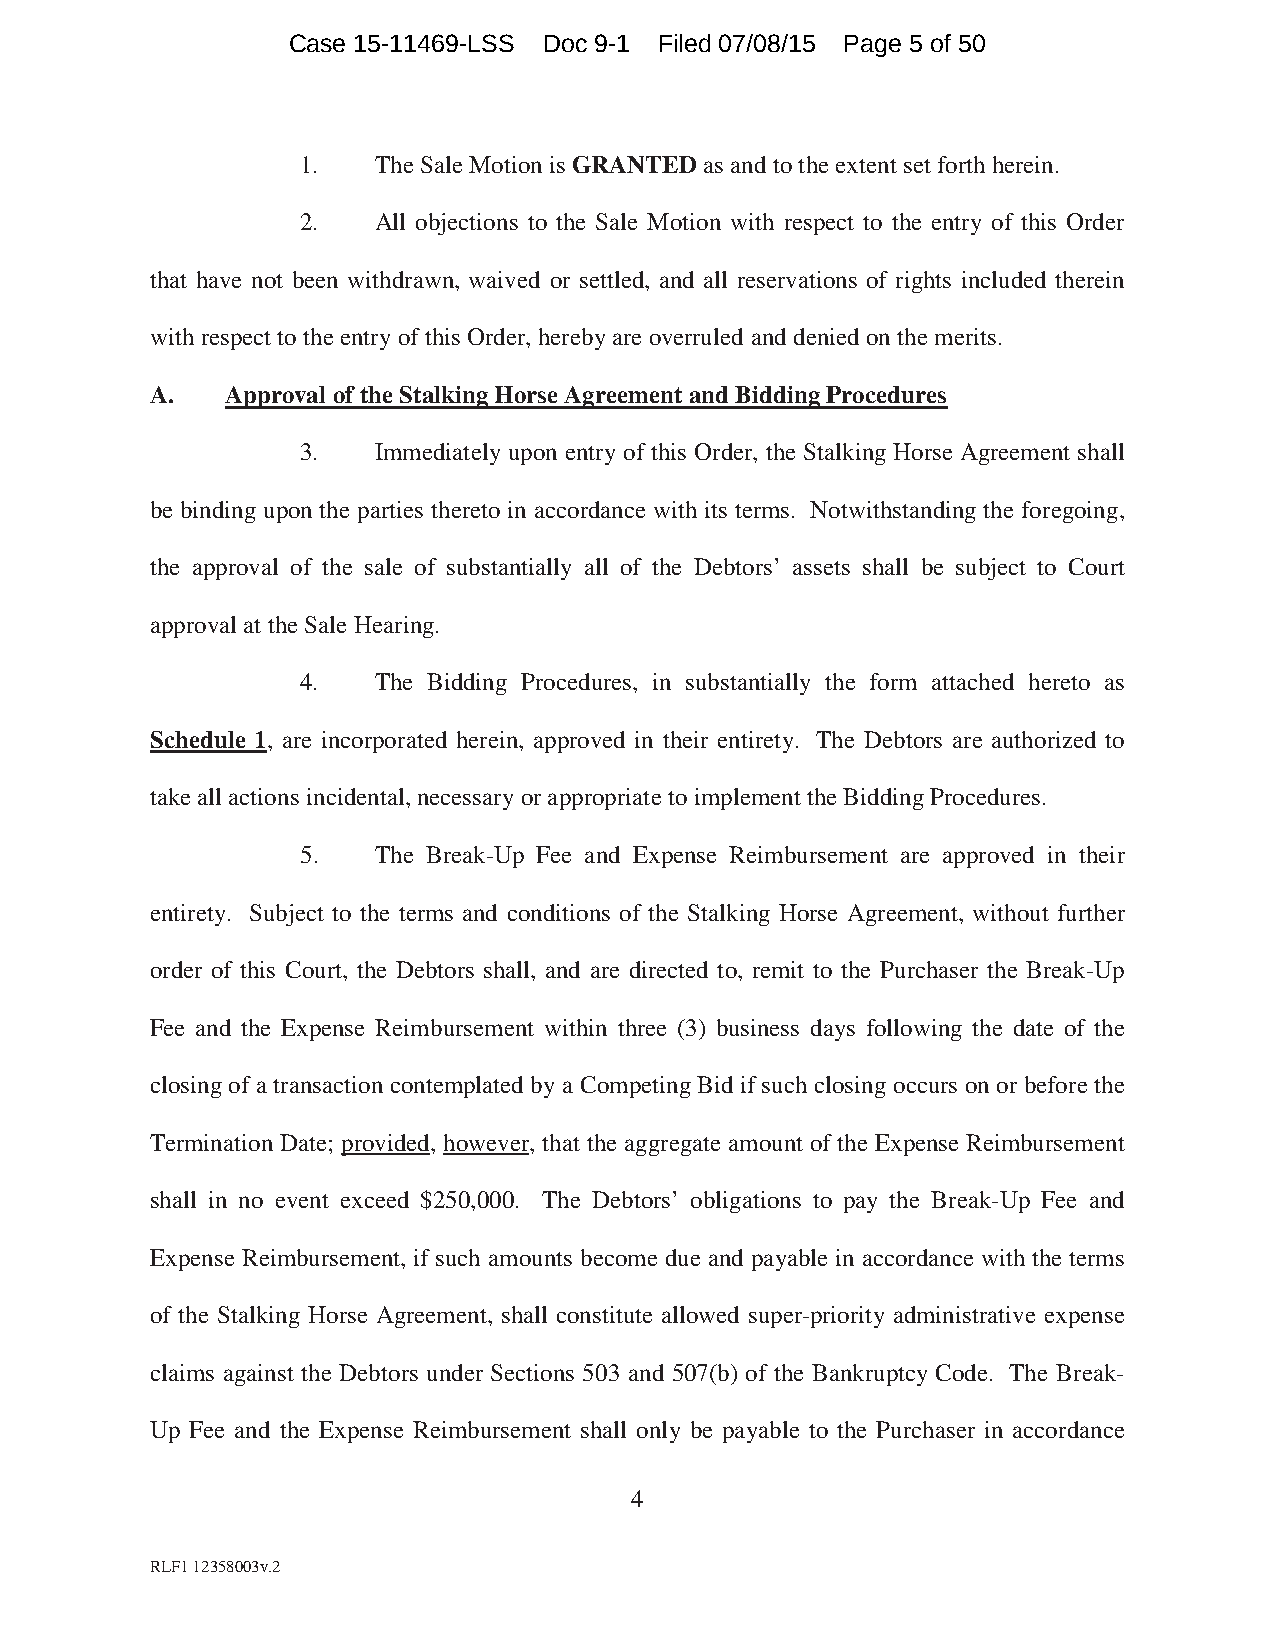
Case 15-11469-LSS Doc 9-1 Filed 07/08/15 Page 5 of 50
 1.   The Sale Motion is GRANTED as and to the extent set forth herein.
 2.   All objections to the Sale Motion with respect to the entry of this Order
 that have not been withdrawn, waived or settled, and all reservations of rights included therein
 with respect to the entry of this Order, hereby are overruled and denied on the merits.
 A.   Approval of the Stalking Horse Agreement and Bidding Procedures
 3.   Immediately upon entry of this Order, the Stalking Horse Agreement shall
 be binding upon the parties thereto in accordance with its terms. Notwithstanding the foregoing,
 the approval of the sale of substantially all of the Debtors’ assets shall be subject to Court
 approval at the Sale Hearing.
 4.   The Bidding Procedures, in substantially the form attached hereto as
 Schedule 1, are incorporated herein, approved in their entirety. The Debtors are authorized to
 take all actions incidental, necessary or appropriate to implement the Bidding Procedures.
 5.   The Break-Up Fee and Expense Reimbursement are approved in their
 entirety. Subject to the terms and conditions of the Stalking Horse Agreement, without further
 order of this Court, the Debtors shall, and are directed to, remit to the Purchaser the Break-Up
 Fee and the Expense Reimbursement within three (3) business days following the date of the
 closing of a transaction contemplated by a Competing Bid if such closing occurs on or before the
 Termination Date; provided, however, that the aggregate amount of the Expense Reimbursement
 shall in no event exceed $250,000. The Debtors’ obligations to pay the Break-Up Fee and
 Expense Reimbursement, if such amounts become due and payable in accordance with the terms
 of the Stalking Horse Agreement, shall constitute allowed super-priority administrative expense
 claims against the Debtors under Sections 503 and 507(b) of the Bankruptcy Code. The Break-
 Up Fee and the Expense Reimbursement shall only be payable to the Purchaser in accordance
 4
 RLF1 12358003v.2